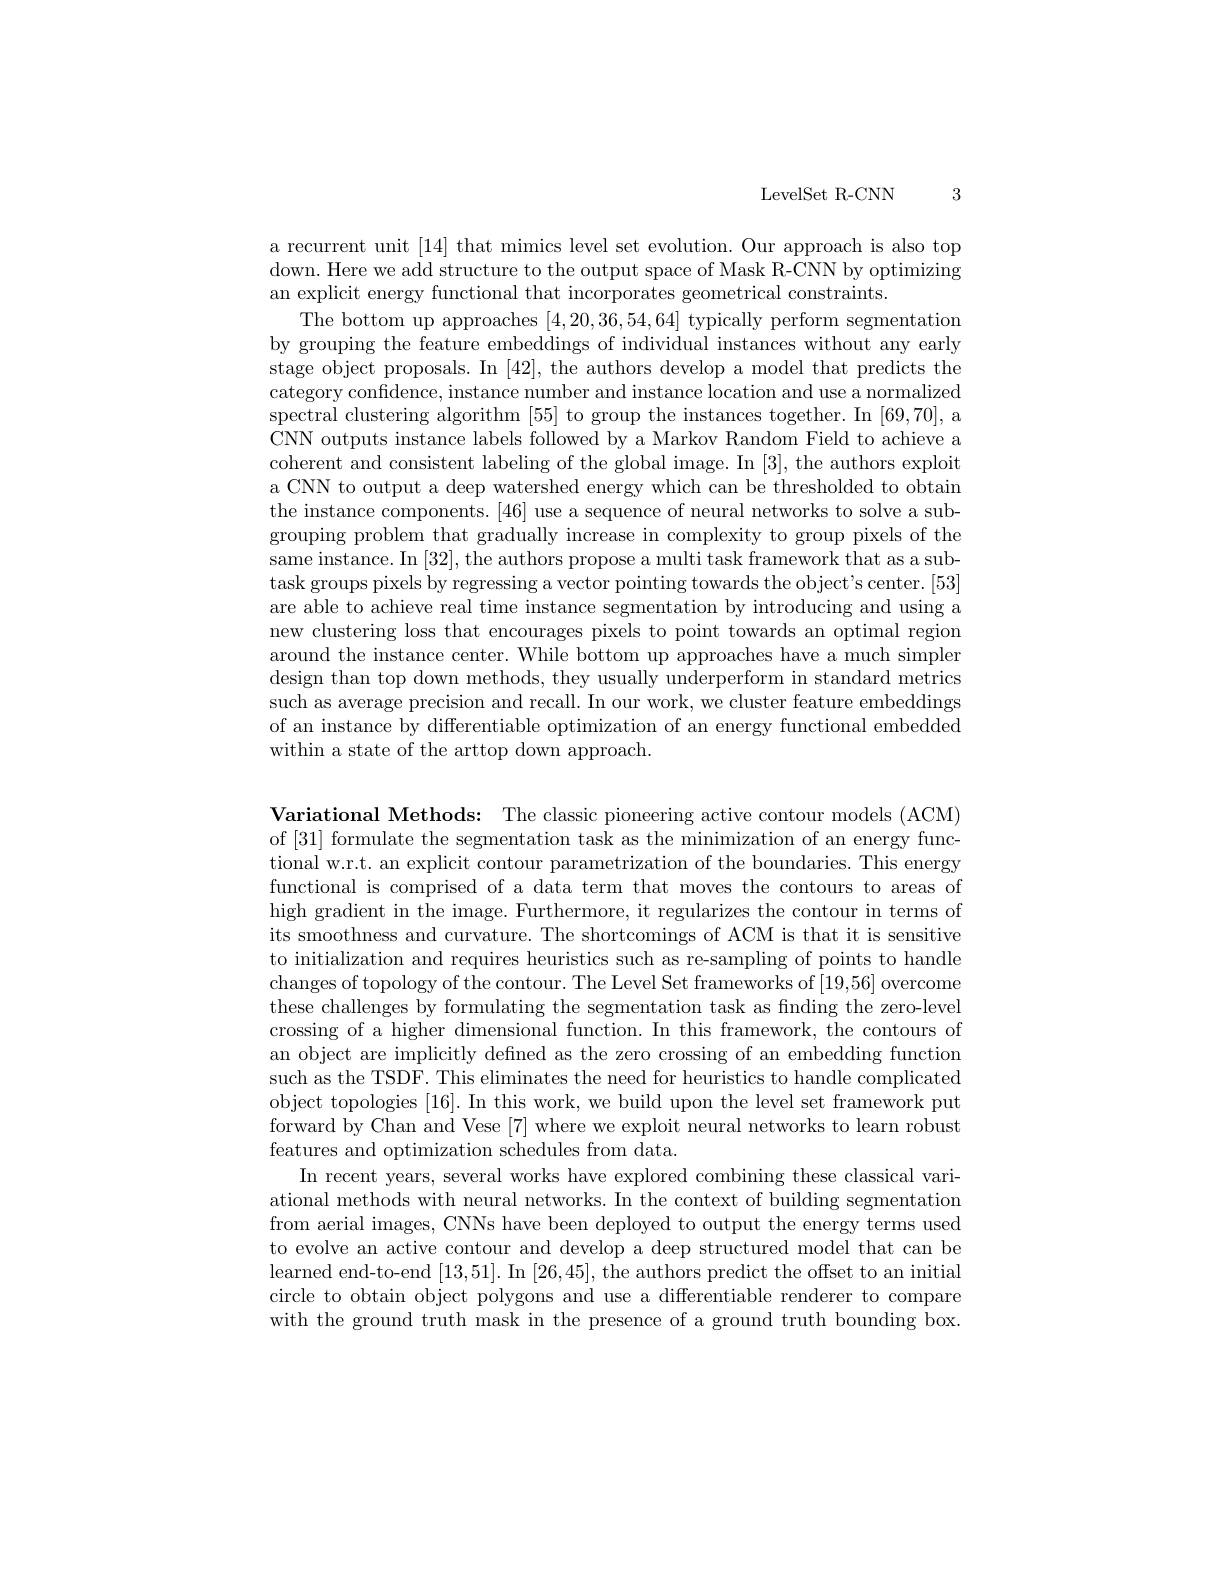
LevelSet R-CNN

3

a recurrent unit [14] that mimics level set evolution. Our approach is also top down. Here we add structure to the output space of Mask R-CNN by optimizing an explicit energy functional that incorporates geometrical constraints
The bottom up approaches [4,20,36,54,64] typically perform segmentation by grouping the feature embeddings of individual instances without any early stage object proposals. In [42], the authors develop a model that predicts the category confidence, instance number and instance location and use a normalized spectral clustering algorithm [55] to group the instances together. In [69,70], a CNN outputs instance labels followed by a Markov Random Field to achieve a coherent and consistent labeling of the global image. In [3], the authors exploit a CNN to output a deep watershed energy which can be thresholded to obtain the instance components. [46] use a sequence of neural networks to solve a subgrouping problem that gradually increase in complexity to group pixels of the same instance. In [32], the authors propose a multi task framework that as a subtask groups pixels by regressing a vector pointing towards the object's center. [53] are able to achieve real time instance segmentation by introducing and using a new clustering loss that encourages pixels to point towards an optimal region around the instance center. While bottom up approaches have a much simpler design than top down methods, they usually underperform in standard metrics such as average precision and recall. In our work, we cluster feature embeddings of an instance by differentiable optimization of an energy functional embedded within a state of the arttop down approach

Variational Methods: The classic pioneering active contour models (ACM) of [31] formulate the segmentation task as the minimization of an energy functional w.r.t. an explicit contour parametrization of the boundaries. This energy functional is comprised of a data term that moves the contours to areas of high gradient in the image. Furthermore, it regularizes the contour in terms of its smoothness and curvature. The shortcomings of ACM is that it is sensitive to initialization and requires heuristics such as re-sampling of points to handle changes of topology of the contour. The Level Set frameworks of [19,56] overcome these challenges by formulating the segmentation task as finding the zero-level crossing of a higher dimensional function. In this framework, the contours of an object are implicitly defned as the zero crossing of an embedding function such as the TSDF. This eliminates the need for heuristics to handle complicated object topologies [16]. In this work, we build upon the level set framework put forward by Chan and Vese [7] where we exploit neural networks to learn robust features and optimization schedules from data.
In recent years, several works have explored combining these classical variational methods with neural networks. In the context of building segmentation from aerial images, CNNs have been deployed to output the energy terms used to evolve an active contour and develop a deep structured model that can be learned end-to-end [13,51]. In [26,45],the authors predict the offset to an initial circle to obtain object polygons and use a differentiable renderer to compare with the ground truth mask in the presence of a ground truth bounding box